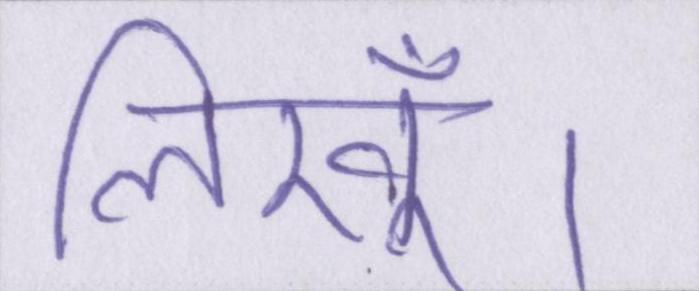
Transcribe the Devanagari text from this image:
लिखूँ।